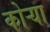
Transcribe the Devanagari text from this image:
कोऱ्‍या